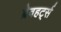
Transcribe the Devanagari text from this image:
ब्रेवहर्ट्स